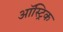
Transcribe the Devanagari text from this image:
ऑस्ट्रिक